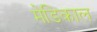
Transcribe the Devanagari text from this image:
मेडिकाल